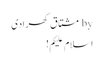
by مشتاق کھرادی
اسلام علیکم!